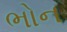
ભોન